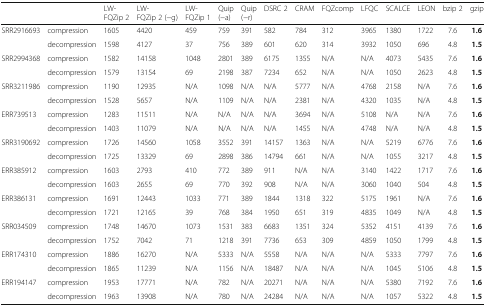
<table><thead><tr><td colspan="2"></td><td><b>LW-FQZip 2</b></td><td><b>LW-FQZip 2 (−g)</b></td><td><b>LW-FQZip 1</b></td><td><b>Quip(−a)</b></td><td><b>Quip(−r)</b></td><td><b>DSRC 2</b></td><td><b>CRAM</b></td><td><b>FQZcomp</b></td><td><b>LFQC</b></td><td><b>SCALCE</b></td><td><b>LEON</b></td><td><b>bzip 2</b></td><td><b>gzip</b></td></tr></thead><tbody><tr><td rowspan="2">SRR2916693</td><td>compression</td><td>1605</td><td>4420</td><td>459</td><td>759</td><td>391</td><td>582</td><td>784</td><td>312</td><td>3965</td><td>1380</td><td>1722</td><td>7.6</td><td><b>1.6</b></td></tr><tr><td>decompression</td><td>1598</td><td>4127</td><td>37</td><td>756</td><td>389</td><td>601</td><td>620</td><td>314</td><td>3932</td><td>1050</td><td>696</td><td>4.8</td><td><b>1.5</b></td></tr><tr><td rowspan="2">SRR2994368</td><td>compression</td><td>1582</td><td>14158</td><td>1048</td><td>2801</td><td>389</td><td>6175</td><td>1355</td><td>N/A</td><td>N/A</td><td>4073</td><td>5435</td><td>7.6</td><td><b>1.6</b></td></tr><tr><td>decompression</td><td>1579</td><td>13154</td><td>69</td><td>2198</td><td>387</td><td>7234</td><td>652</td><td>N/A</td><td>N/A</td><td>1050</td><td>2623</td><td>4.8</td><td><b>1.5</b></td></tr><tr><td rowspan="2">SRR3211986</td><td>compression</td><td>1190</td><td>12935</td><td>N/A</td><td>1098</td><td>N/A</td><td>N/A</td><td>5777</td><td>N/A</td><td>4768</td><td>2158</td><td>N/A</td><td>7.6</td><td><b>1.6</b></td></tr><tr><td>decompression</td><td>1528</td><td>5657</td><td>N/A</td><td>1109</td><td>N/A</td><td>N/A</td><td>2381</td><td>N/A</td><td>4320</td><td>1035</td><td>N/A</td><td>4.8</td><td><b>1.5</b></td></tr><tr><td rowspan="2">ERR739513</td><td>compression</td><td>1283</td><td>11511</td><td>N/A</td><td>N/A</td><td>N/A</td><td>N/A</td><td>3694</td><td>N/A</td><td>5108</td><td>N/A</td><td>N/A</td><td>7.6</td><td><b>1.6</b></td></tr><tr><td>decompression</td><td>1403</td><td>11079</td><td>N/A</td><td>N/A</td><td>N/A</td><td>N/A</td><td>1455</td><td>N/A</td><td>4748</td><td>N/A</td><td>N/A</td><td>4.8</td><td><b>1.5</b></td></tr><tr><td rowspan="2">SRR3190692</td><td>compression</td><td>1726</td><td>14560</td><td>1058</td><td>3552</td><td>391</td><td>14157</td><td>1363</td><td>N/A</td><td>N/A</td><td>5219</td><td>6776</td><td>7.6</td><td><b>1.6</b></td></tr><tr><td>decompression</td><td>1725</td><td>13329</td><td>69</td><td>2898</td><td>386</td><td>14794</td><td>661</td><td>N/A</td><td>N/A</td><td>1055</td><td>3217</td><td>4.8</td><td><b>1.5</b></td></tr><tr><td rowspan="2">ERR385912</td><td>compression</td><td>1603</td><td>2793</td><td>410</td><td>772</td><td>389</td><td>911</td><td>N/A</td><td>N/A</td><td>3140</td><td>1422</td><td>1717</td><td>7.6</td><td><b>1.6</b></td></tr><tr><td>decompression</td><td>1603</td><td>2655</td><td>69</td><td>770</td><td>392</td><td>908</td><td>N/A</td><td>N/A</td><td>3060</td><td>1040</td><td>504</td><td>4.8</td><td><b>1.5</b></td></tr><tr><td rowspan="2">ERR386131</td><td>compression</td><td>1691</td><td>12443</td><td>1033</td><td>771</td><td>389</td><td>1844</td><td>1318</td><td>322</td><td>5175</td><td>1961</td><td>N/A</td><td>7.6</td><td><b>1.6</b></td></tr><tr><td>decompression</td><td>1721</td><td>12165</td><td>39</td><td>768</td><td>384</td><td>1950</td><td>651</td><td>319</td><td>4835</td><td>1049</td><td>N/A</td><td>4.8</td><td><b>1.5</b></td></tr><tr><td rowspan="2">SRR034509</td><td>compression</td><td>1748</td><td>14670</td><td>1073</td><td>1531</td><td>383</td><td>6683</td><td>1351</td><td>324</td><td>5352</td><td>4151</td><td>4139</td><td>7.6</td><td><b>1.6</b></td></tr><tr><td>decompression</td><td>1752</td><td>7042</td><td>71</td><td>1218</td><td>391</td><td>7736</td><td>653</td><td>309</td><td>4859</td><td>1050</td><td>1799</td><td>4.8</td><td><b>1.5</b></td></tr><tr><td rowspan="2">ERR174310</td><td>compression</td><td>1886</td><td>16270</td><td>N/A</td><td>5333</td><td>N/A</td><td>5558</td><td>N/A</td><td>N/A</td><td>N/A</td><td>5333</td><td>7797</td><td>7.6</td><td><b>1.6</b></td></tr><tr><td>decompression</td><td>1865</td><td>11239</td><td>N/A</td><td>1156</td><td>N/A</td><td>18487</td><td>N/A</td><td>N/A</td><td>N/A</td><td>1045</td><td>5106</td><td>4.8</td><td><b>1.5</b></td></tr><tr><td rowspan="2">ERR194147</td><td>compression</td><td>1953</td><td>17771</td><td>N/A</td><td>782</td><td>N/A</td><td>20271</td><td>N/A</td><td>N/A</td><td>N/A</td><td>5380</td><td>7192</td><td>7.6</td><td><b>1.6</b></td></tr><tr><td>decompression</td><td>1963</td><td>13908</td><td>N/A</td><td>780</td><td>N/A</td><td>24284</td><td>N/A</td><td>N/A</td><td>N/A</td><td>1057</td><td>5322</td><td>4.8</td><td><b>1.5</b></td></tr></tbody></table>